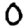
Digit: 0